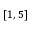
\left[ 1 , 5 \right]